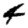
Digit: 4